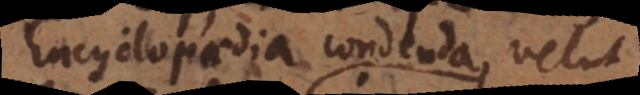
Encyclopaedia condenda, velut